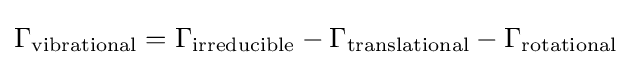
\Gamma _{\text{vibrational}}=\Gamma _{\text{irreducible}}-\Gamma _{\text{translational}}-\Gamma _{\text{rotational}}